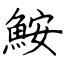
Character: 鮟